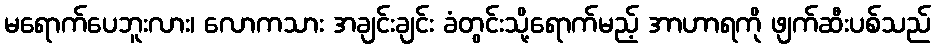
မရောက်ပေဘူးလား၊ လောကသား အချင်းချင်း ခံတွင်းသို့ရောက်မည့် အာဟာရကို ဖျက်ဆီးပစ်သည်